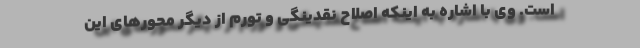
است. وی با اشاره به اینکه اصلاح نقدینگی و تورم از دیگر محورهای این